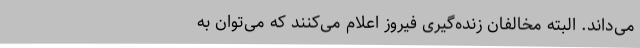
می‌داند. البته مخالفان زنده‌گیری فیروز اعلام می‌کنند که می‌توان به